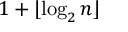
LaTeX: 1 + \lfloor \log _ { 2 } n \rfloor